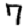
Digit: 7